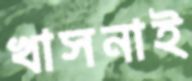
খাসনাই